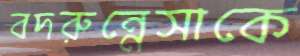
বদরুন্নেসাকে